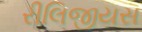
રીલિજીયસ